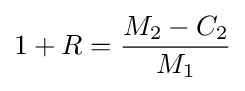
1+R={\frac {M_{2}-C_{2}}{M_{1}}}